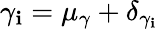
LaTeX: \gamma_{\mathbf{i}}=\mu_{\gamma}+\delta_{\gamma_{\mathbf{i}}}